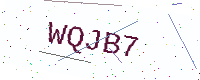
Text: WQJB7